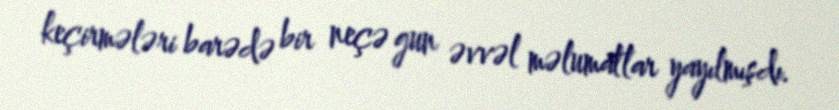
keçirmələri barədə bir neçə gun əvvəl məlumatlar yayılmışdı.